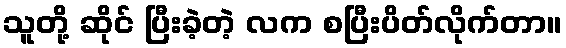
သူတို့ ဆိုင် ပြီးခဲ့တဲ့ လက စပြီးပိတ်လိုက်တာ။